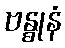
ဗန္ဓုနံ